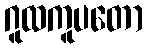
ဂူထကူပတော